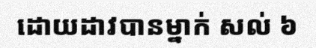
ដោយដាវបានម្នាក់ សល់ ៦